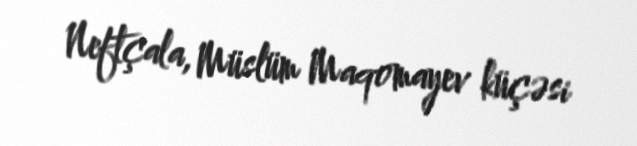
Neftçala, Müslüm Maqomayev küçəsi